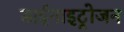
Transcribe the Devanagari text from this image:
डाईनाइट्रोजन